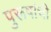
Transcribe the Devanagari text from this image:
पुरूषांची